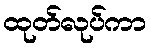
ထုတ်လုပ်ကာ